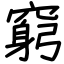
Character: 窮